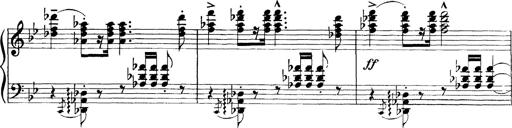
Title: Scherzo und Marsch
Composer: Franz Liszt